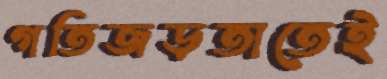
গতিজড়তাতেই